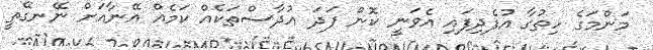
މަންމަގެ ހިތުގާ އުފެދިފަައި އެވަނީ ކޮން ފަަދަަ އުދާސްތަކެއް ކަމެއް އޭނާއަށް ނޭނގޭތީ